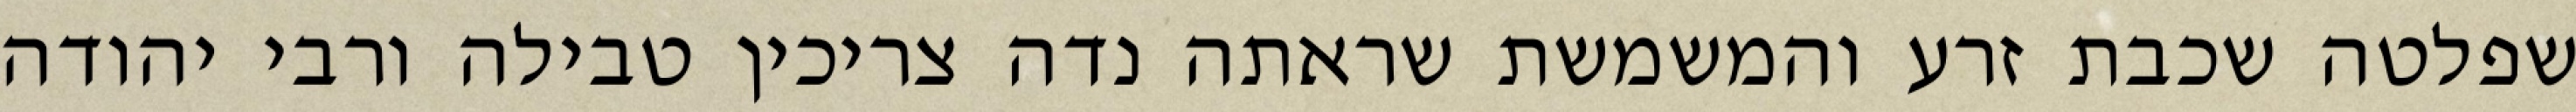
שפלטה שכבת זרע והמשמשת שראתה נדה צריכין טבילה ורבי יהודה